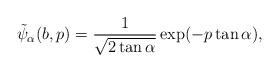
LaTeX: \begin{align*}\tilde{\psi}_\alpha(b,p) = \frac{1}{\sqrt{2\tan\alpha}}\exp(-p\tan\alpha),\end{align*}